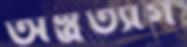
অস্ত্রত্যাগ